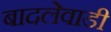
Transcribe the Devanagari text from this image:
बादलेवाडी